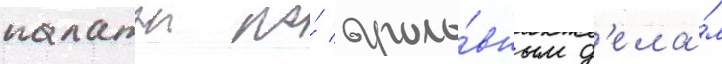
палатои по́ уголо́вным д'ела́м